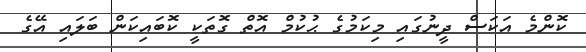
ކޮންމެ އަކަސް ދީނުގައި މިކަމުގެ ޙުކުމް އޮތް ގޮތަކީ ކޮބައިކަން ބަލައި އޭގެ